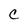
Character: C